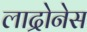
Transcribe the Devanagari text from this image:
लाद्रोनेस